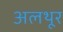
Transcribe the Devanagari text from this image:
अलथूर